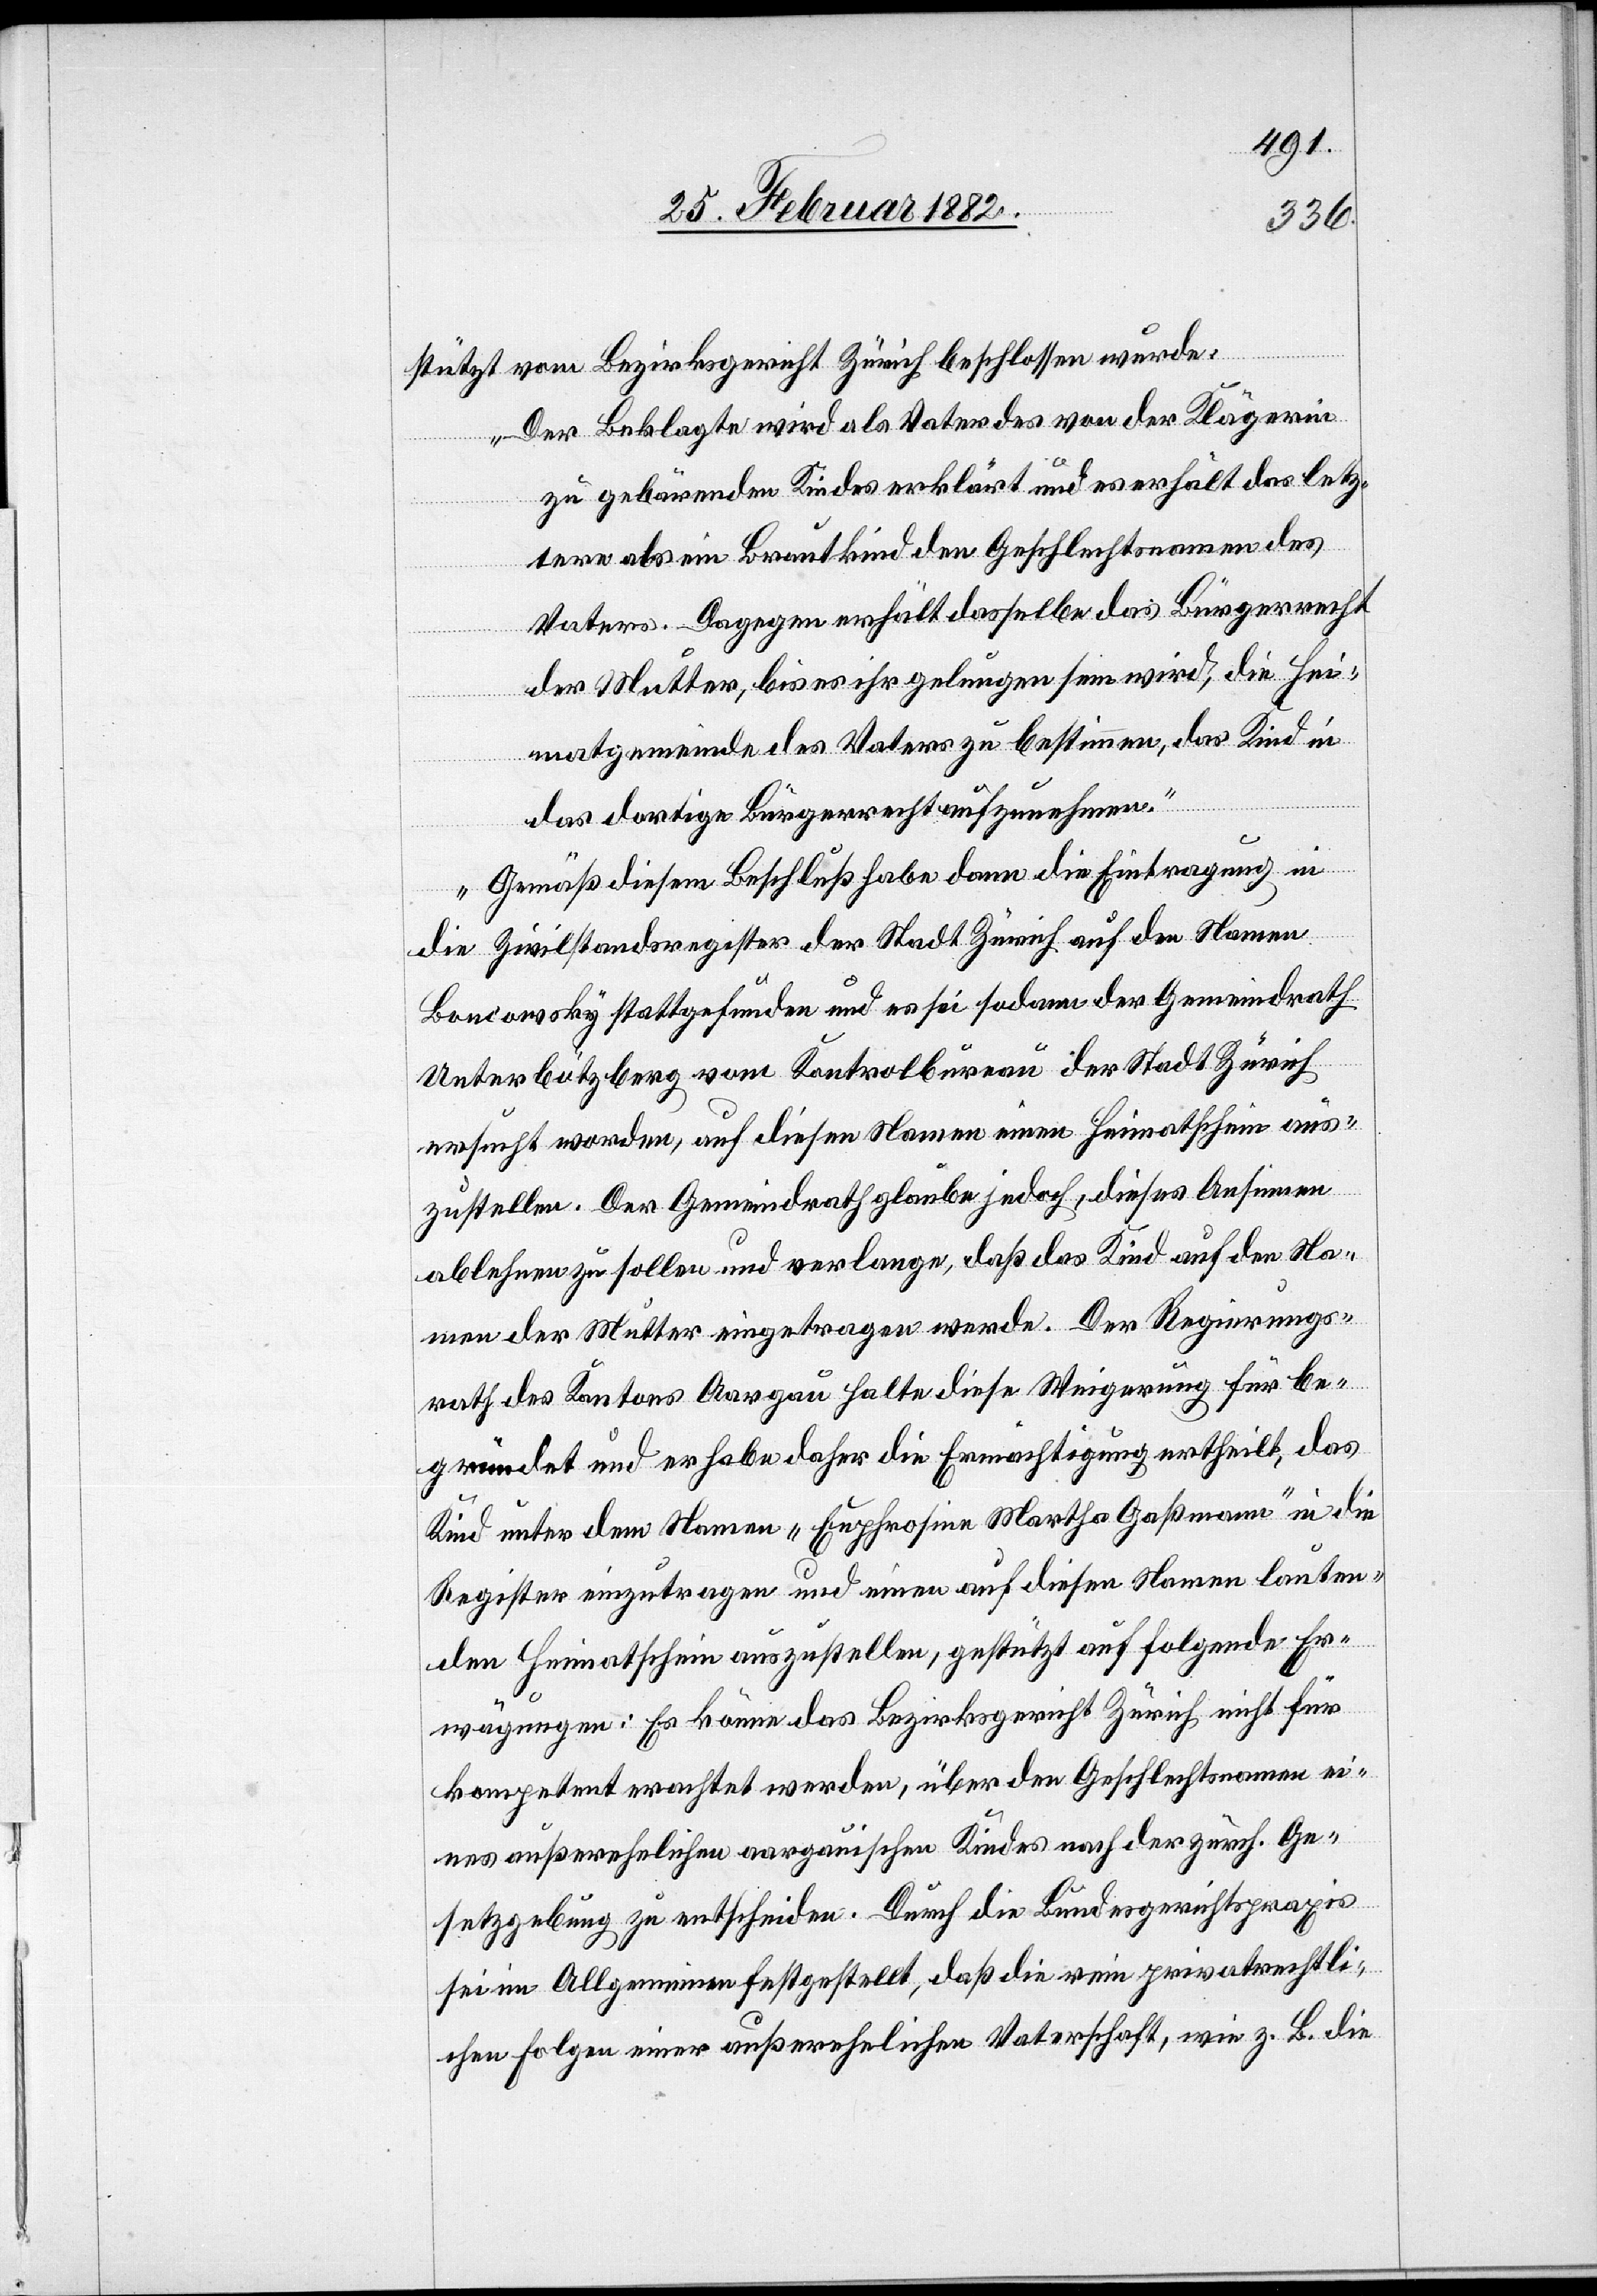
stützt vom Bezirksgericht Zürich beschlossen wurde:
„Der Beklagte wird als Vater des von der Klägerin
zu gebärendem Kindes erklärt und verhält das letz¬
tere als Brautkind den Geschlechtsnamen des
Vaters. Dagegen verhält dasselbe das Bürgerrecht
der Mutter, bis es ihr gelungen sein wird, die Hei¬
matgemeinde des Vaters zu bestimmen, das Kind in
das dortige Bürgerrecht aufzunehmen.“
Gemäß diesem Beschluß habe dann die Eintragung in
die Zivilstandsregister der Stadt Zürich auf den Namen
Boncowsky stattgefunden und es sei sodann der Gemeindrath
Unterbötzberg vom Kontrolbureau der Stadt Zürich
ersucht worden, auf diesen Namen einen Heimatschein aus¬
zustellen. Der Gemeindrath glaube jedoch, dieses Ansinnen
ablehnen zu sollen und verlange, daß das Kind auf den Na¬
men der Mutter eingetragen werde. Der Regierungs¬
rath des Kantons Aargau halte diese Verweigerung für be¬
gründet und er habe daher die Ermächtigung ertheilt, das
Kind unter dem Namen „Euphrosine Martha Gaßmann“ in die
Register einzutragen und einen auf diesen Namen lauten¬
den Heimatschein auszustellen, gestützt auf folgende Er¬
wägung: Es könne das Bezirksgericht Zürich nicht für
kompetent erachtet werden, über den Geschlechtsnamen ei¬
nes außerehelichen aargauischen Kindes nach der zürch. Ge¬
setzgebung zu entscheiden. Durch die Bundesgerichtspraxis
sei im Allgemeinen festgestellt, daß die reine privatrechtli¬
che Folge einer außerehelichen Vaterschaft, wie z. B. die